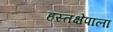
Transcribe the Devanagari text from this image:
हस्तक्षेपाला